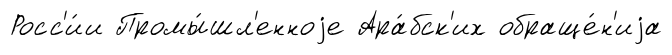
Росс'и́и Промы́шл'енноjе Ара́бск'их обраще́н'иjа